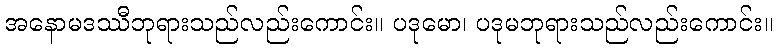
အနောမဒဿီဘုရားသည်လည်းကောင်း။ ပဒုမော၊ ပဒုမဘုရားသည်လည်းကောင်း။